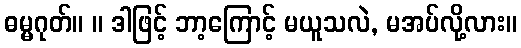
ဓမ္မဂုတ်။ ။ ဒါဖြင့် ဘာ့ကြောင့် မယူသလဲ, မအပ်လို့လား။